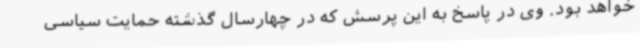
خواهد بود. وی در پاسخ به این پرسش که در چهارسال گذشته حمایت سیاسی